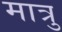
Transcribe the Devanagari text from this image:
मात्रु